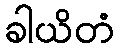
ခါယိတံ